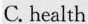
C. health